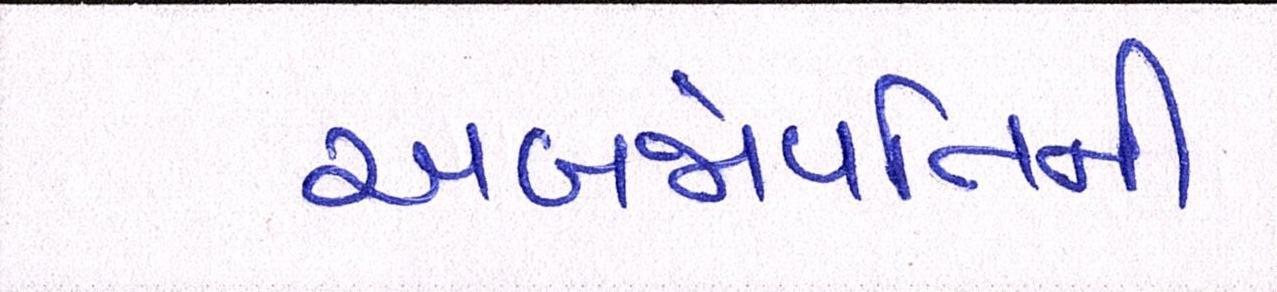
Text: અબજોપતિની